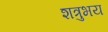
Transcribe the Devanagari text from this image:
शत्रुभय